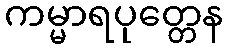
ကမ္မာရပုတ္တေန